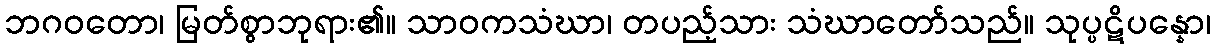
ဘဂဝတော၊ မြတ်စွာဘုရား၏။ သာဝကသံဃာ၊ တပည့်သား သံဃာတော်သည်။ သုပ္ပဋိပန္နော၊